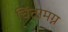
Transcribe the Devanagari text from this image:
चिंतामग्न